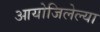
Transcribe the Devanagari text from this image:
आयोजिलेल्या